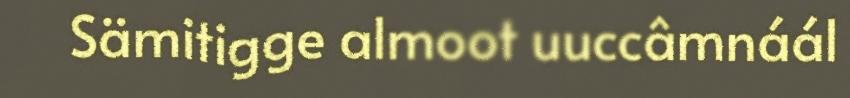
Sämitigge almoot uuccâmnáál